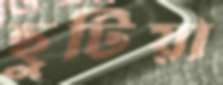
ছুটিয়া